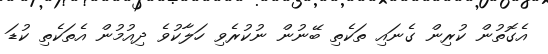
އެގޮތުން ކުރިން ގެނައި ތަކެތި ބޭނުން ނުކުރެވި ހަލާކުވެ ދިއުމުން އެތަކެތި ކުޑަ